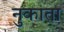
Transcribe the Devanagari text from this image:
नुकाता